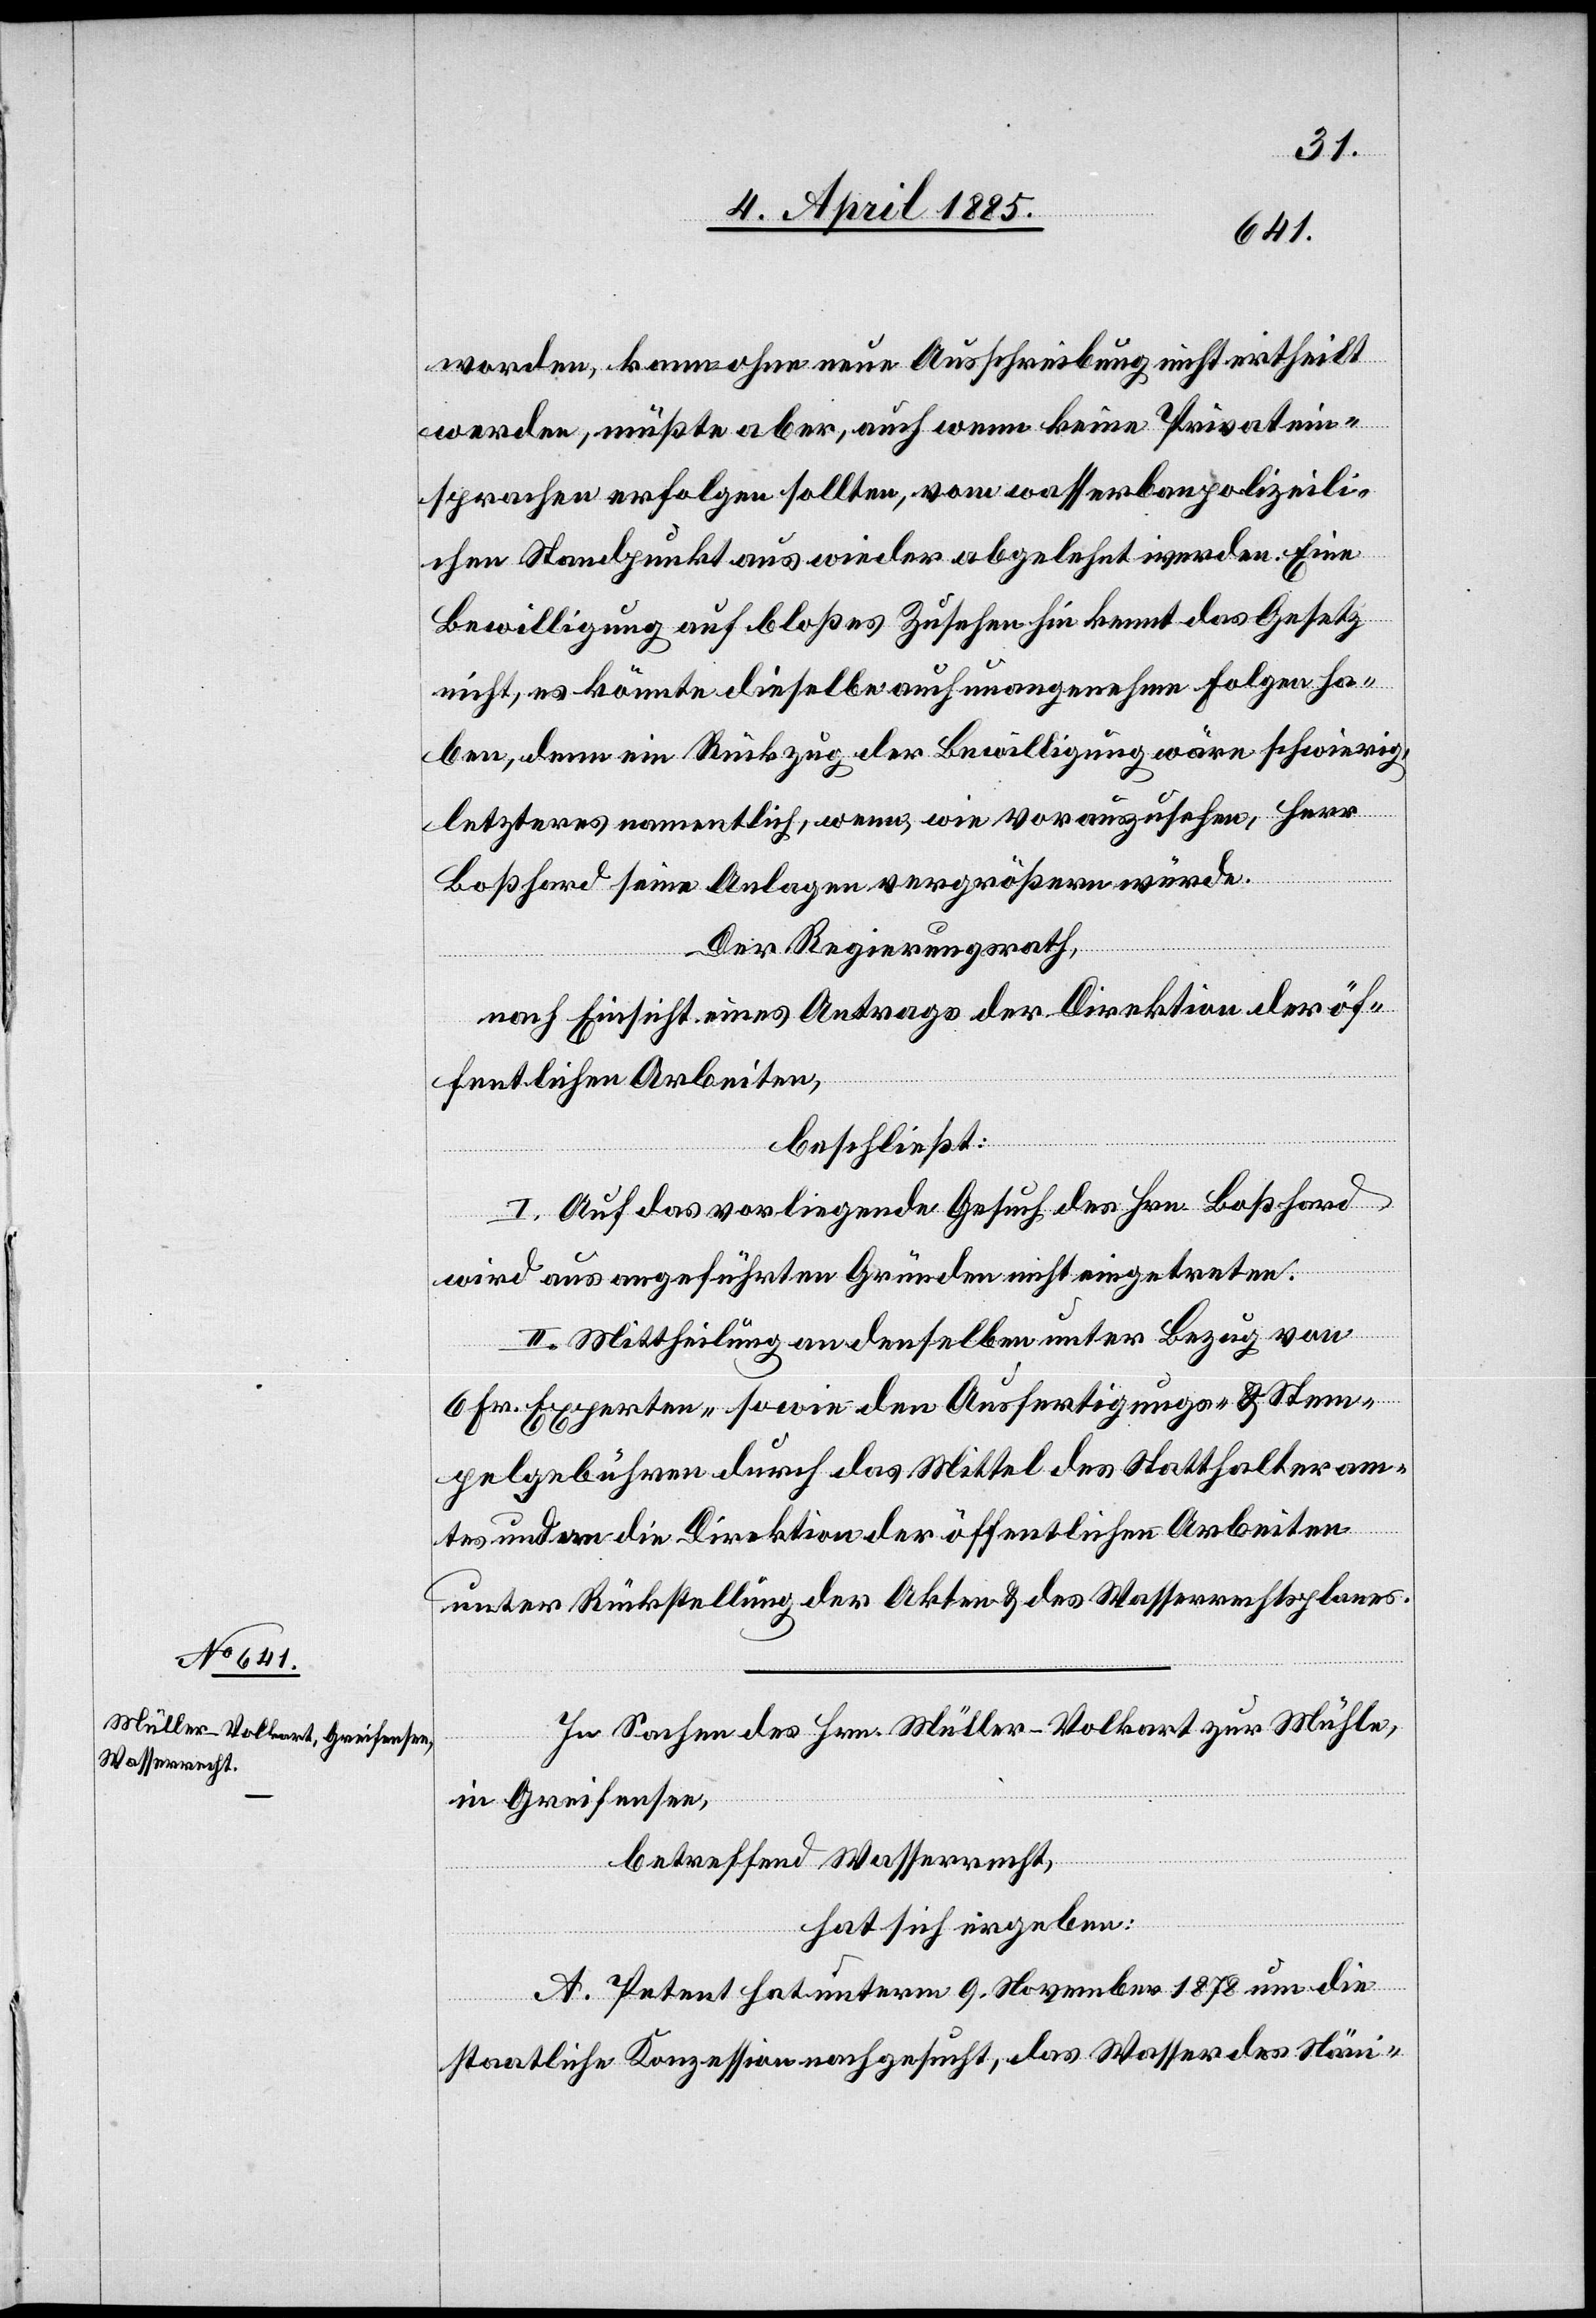
worden, kann ohne neue Ausschreibung nicht ertheilt
werden, müßte aber, auch wenn keine Privatein¬
sprachen erfolgen sollten, vom wasserbaupolizeili¬
chen Standpunkt aus wieder abgelehnt werden. Eine
Bewilligung auf bloßes Zusehen hin kennt das Gesetz
nicht, es könnte dieselbe auch unangenehme Folgen ha¬
ben, denn ein Rückzug der Bewilligung wäre schwierig,
letzteres namentlich, wenn, wie vorauszusehen, Herr
Boßhard seine Anlagen vergrößern würde.
Der Regierungsrath,
nach Einsicht eines Antrages der Direktion der öf¬
fentlichen Arbeiten,
beschließt:
I. Auf das vorliegende Gesuch des Hrn. Boßhard
wird aus angeführten Gründen nicht eingetreten.
II. Mittheilung an denselben unter Bezug von
6 Fr. Experten- sowie den Ausfertigungs- & Stem¬
pelgebühren durch das Mittel des Statthalteram¬
tes und an die Direktion der öffentlichen Arbeiten
unter Rückstellung der Akten & des Wasserrechtsplanes.
In Sachen des Hrn. Müller-Volkart zur Mühle,
in Greifensee,
betreffend Wasserrecht,
hat sich ergeben:
A. Petent hat unterm 9. November 1878 um die
staatliche Konzession nachgesucht, das Wasser des Näni-